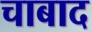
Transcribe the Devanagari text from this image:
चाबाद